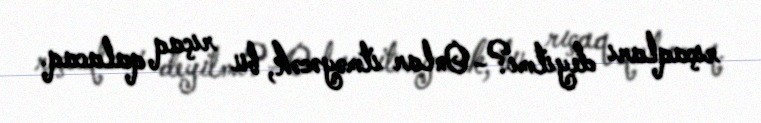
rıçaqları deyilmi?- Onlar itməyəcək, bu rıçaq qalacaq.